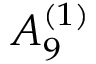
{ A } _ { 9 } ^ { ( 1 ) }